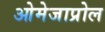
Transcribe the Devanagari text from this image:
ओमेजाप्रोल